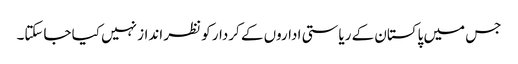
جس میں پاکستان کے ریاستی اداروں کے کردار کو نظر انداز نہیں کیا جاسکتا۔